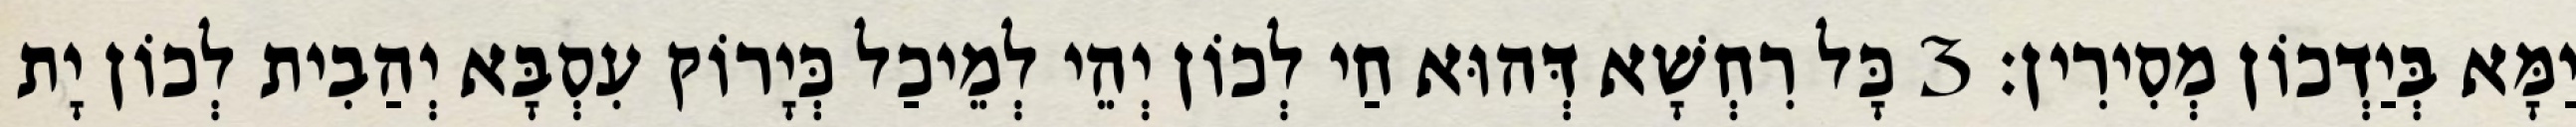
יַמָּא בְּיַדְכוֹן מְסִירִין׃ 3 כָּל רִחְשָׁא דְּהוּא חַי לְכוֹן יְהֵי לְמֵיכַל כְּיָרוֹק עִסְבָּא יְהַבִית לְכוֹן יָת